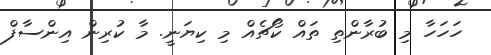
ހަހަހާ މި ބުރާންތި ތައް ކޯޗެެއް މި ކިޔަނީ. މާ ކުރިން އިންސާފް